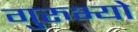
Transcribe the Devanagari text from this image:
गुरुभ्यो